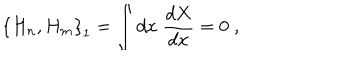
LaTeX: \left\{ H _ { n } , H _ { m } \right\} _ { 1 } = \int d x \; \frac { d X } { d x } = 0 \; ,